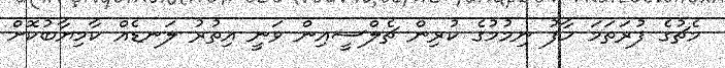
މެޗުގެ ފުރަތަމަ ހާފު ނިމުމުގެ ކުރިން ޗެލްސީއިން ވަނީ އިތުރު ލަނޑެއް ކާމިޔާބުކޮށް